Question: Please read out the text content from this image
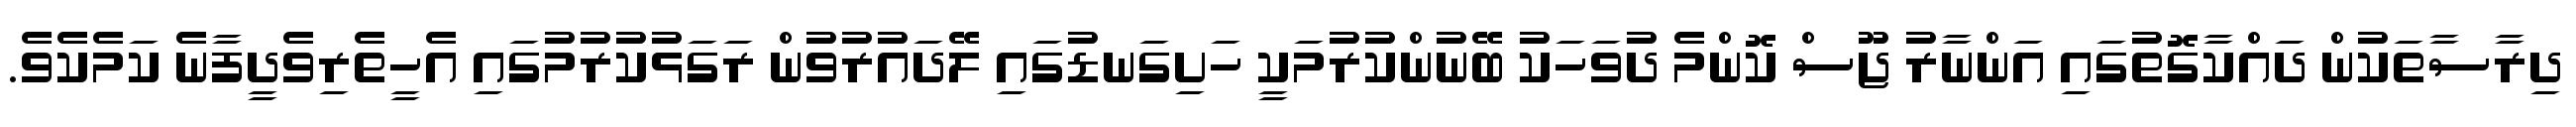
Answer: ދިރާސާތަކުން ދައްކާގޮތުގައި އަންނާރު ޖޫސް ކޮންމެ ދުވަހަކު ބޭނުންކުރުމަކީ ހަށިގަނޑުގައި ލޭދައުރުވުން ރަގަޅުކުރުމުގައި އެހީތެރިވެދީފާނެ ކަމެކެވެ.